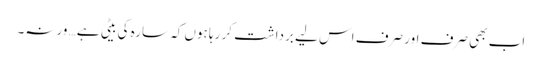
اب بھی صرف اور صرف اس لیے برداشت کر رہا ہوں کہ سارہ کی بیٹی ہے… ورنہ۔